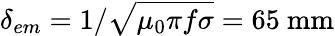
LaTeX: \delta_{em}=1/\sqrt{\mu_{0}\pi f\sigma}=65\textrm{~mm}